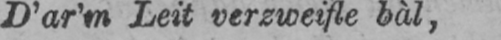
D’ar’m Leit verzweifle bàl,